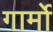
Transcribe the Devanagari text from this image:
गार्मो